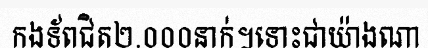
កងទ័ពជិត២.០០០នាក់។ទោះជាយ៉ាងណា